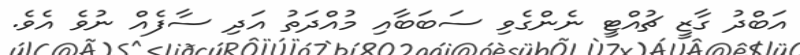
އަބްދު ގާޒީ ޗުއްޓީ ނެންގެވި ސަބަބާއި މުއްދަތު އަދި ސާފެއް ނުވެ އެވެ.